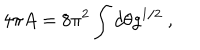
LaTeX: 4 \pi A = 8 \pi ^ { 2 } \int d \theta g ^ { 1 / 2 } \ ,